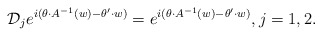
\begin{align*}\mathcal{D}_j e^{i(\theta \cdot A^{-1}(w)-\theta'\cdot w)}=e^{i(\theta \cdot A^{-1}(w)-\theta'\cdot w)},j=1,2.\end{align*}